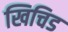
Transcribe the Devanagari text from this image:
खिचिड